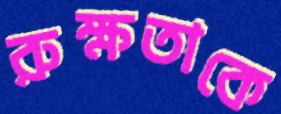
রুক্ষতাকে